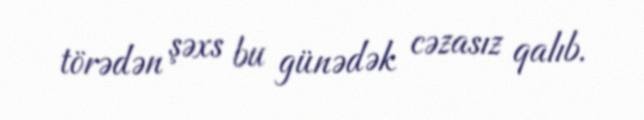
törədən şəxs bu günədək cəzasız qalıb.